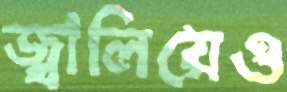
জ্বালিয়েও